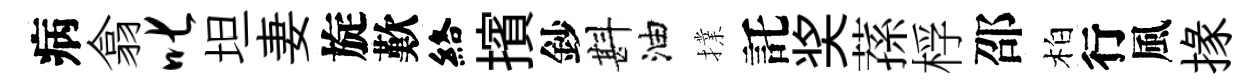
病翕叱坦妻旋歎絡擯鈔斟油擈託奖蓀桴邵柏行風掾